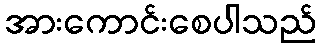
အားကောင်းစေပါသည်